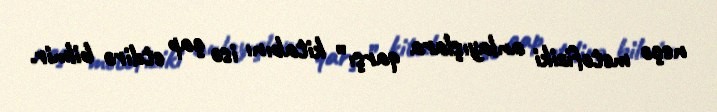
neçə metofiziki anlayışlara qarşı” kitabını isə çap etdirə bilmir.